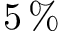
5 \, \%